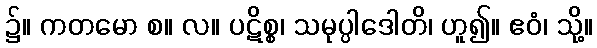
၌။ ကတမော စ။ လ။ ပဋိစ္စ၊ သမုပ္ပါဒေါတိ၊ ဟူ၍။ ဧဝံ၊ သို့။